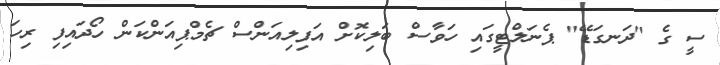
ސީ ގެ "ދަނގަޑޭ" ޕެނަލްޓީގައި ހަވާސް ބަލިކޮށް އަފިލިއަންސް ޗެމްޕިއަންކަން ހޯދައިފި ރިހަ